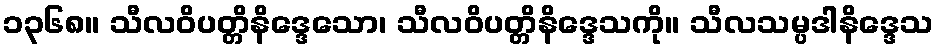
၁၃၆၈။ သီလဝိပတ္တိနိဒ္ဒေသော၊ သီလဝိပတ္တိနိဒ္ဒေသကို။ သီလသမ္ပဒါနိဒ္ဒေသ